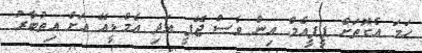
ހަމަ އެގޮތަށް ޕީޕީއެމް އިން ވެސް ޖޭޕީ އަދި އެމްޑީއޭ އަށް އިތުބާރު